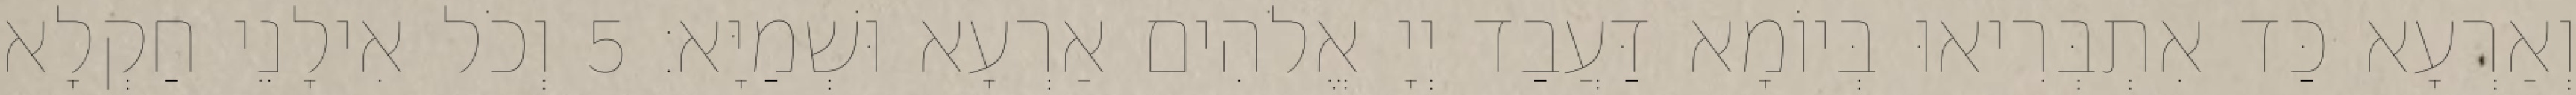
וְאַרְעָא כַּד אִתְבְּרִיאוּ בְּיוֹמָא דַּעֲבַד יְיָ אֱלֹהִים אַרְעָא וּשְׁמַיָּא׃ 5 וְכֹל אִילָנֵי חַקְלָא